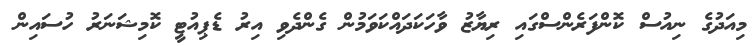
މިއަދުގެ ނިއުސް ކޮންފަރެންސްގައި ރިޔާޒު ވާހަކަދައްކަވަމުން ގެންދެވި އިރު ޑެޕިއުޓީ ކޮމިޝަނަރު ހުސައިން